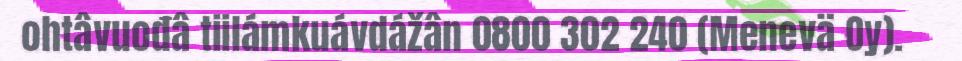
ohtâvuođâ tiilámkuávdážân 0800 302 240 (Menevä Oy).